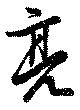
亮